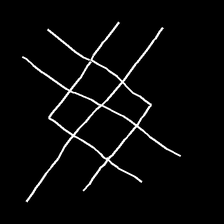
Glyph: crystal